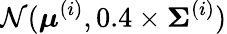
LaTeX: \mathcal{N}(\boldsymbol{\mu}^{(i)},0.4\times\boldsymbol{\Sigma}^{(i)})